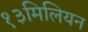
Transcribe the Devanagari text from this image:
१३मिलियन